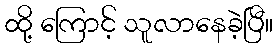
ထို့ ကြောင့် သူလာနေခဲ့ပြီ။